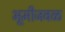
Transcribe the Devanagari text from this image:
भूमीजवळ